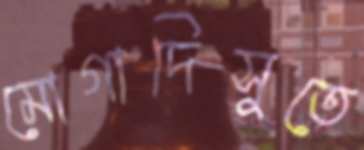
মোগাদিসুতে